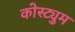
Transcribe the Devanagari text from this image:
कोस्ट्युम